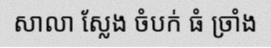
សាលា ស្លែង ចំបក់ ធំ ច្រាំង